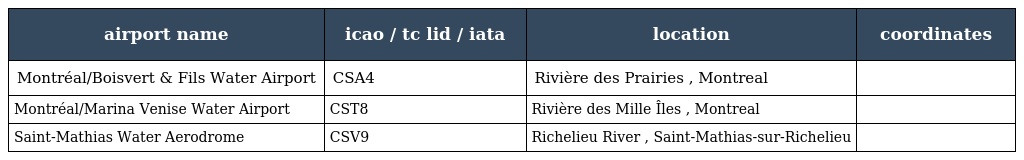
| airport name | icao / tc lid / iata | location | coordinates |
 | --- | --- | --- | --- |
 | Montréal/Boisvert & Fils Water Airport | CSA4 | Rivière des Prairies , Montreal |  |
 | Montréal/Marina Venise Water Airport | CST8 | Rivière des Mille Îles , Montreal |  |
 | Saint-Mathias Water Aerodrome | CSV9 | Richelieu River , Saint-Mathias-sur-Richelieu |  |